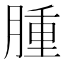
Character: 腫